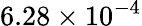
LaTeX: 6.28\times 10^{-4}